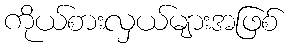
ကိုယ်စားလှယ်များအဖြစ်